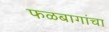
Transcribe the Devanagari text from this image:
फळबागांचा